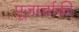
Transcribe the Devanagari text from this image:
पूजार्चाकी